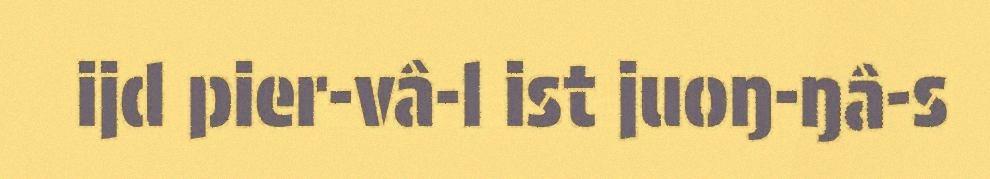
ijd pier-vâ-l ist juoŋ-ŋâ-s